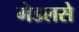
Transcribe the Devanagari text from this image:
मेडलसे